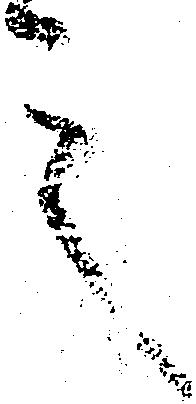
言